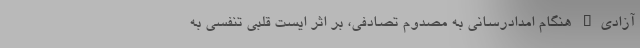
آزادی" هنگام امدادرسانی به مصدوم تصادفی، بر اثر ایست قلبی تنفسی به